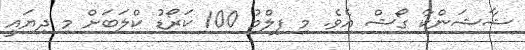
ޝާޝަންކާ ގޯޝް އެވެ. މި ފިލްމު 100 ކަރޯޑު ކްލަބަށް މި ދިޔައީ